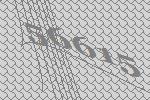
56615